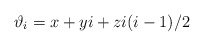
\begin{align*}\vartheta_i = x + y i + z{i}(i-1)/2\end{align*}